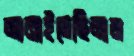
আনাইতেছিলাম